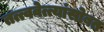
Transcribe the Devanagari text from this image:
तत्त्ववेत्त्यांसोबत